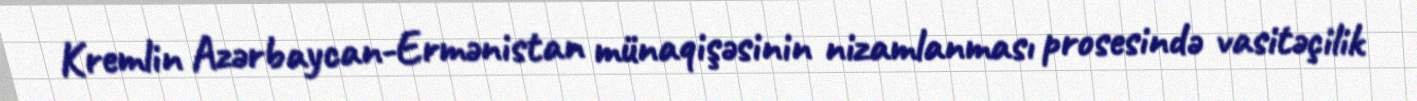
Kremlin Azərbaycan-Ermənistan münaqişəsinin nizamlanması prosesində vasitəçilik